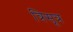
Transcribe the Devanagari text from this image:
त्रिसूत्र